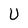
Character: U